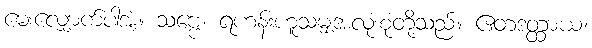
မေးလျှောက်ပါအံ့။ သဗ္ဗေ၊ ရဟန်းဟူသမျှအလုံးစုံတို့သည်။ ဧတဒတ္ထာယ၊